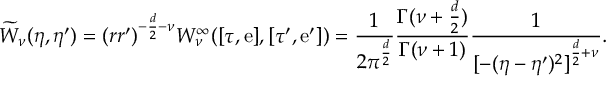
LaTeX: \widetilde { W } _ { \nu } ( \eta , \eta ^ { \prime } ) = ( r r ^ { \prime } ) ^ { - \frac { d } { 2 } - \nu } { W } _ { \nu } ^ { \infty } ( [ \tau , \mathrm { e } ] , [ \tau ^ { \prime } , \mathrm { e } ^ { \prime } ] ) = \frac { 1 } { 2 \pi ^ { \frac { d } { 2 } } } \frac { \Gamma ( \nu + \frac { d } 2 ) } { \Gamma ( \nu + 1 ) } \frac { 1 } { { [ - ( \eta - \eta ^ { \prime } ) ^ { 2 } ] } ^ { \frac { d } { 2 } + \nu } } .